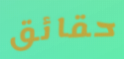
حقائق